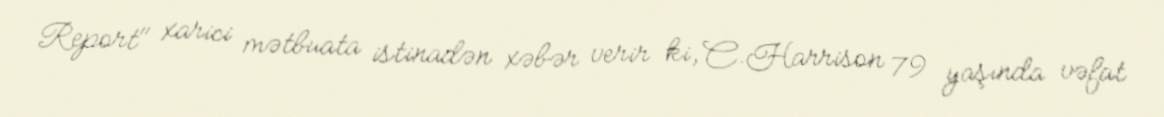
Report" xarici mətbuata istinadən xəbər verir ki, C.Harrison 79 yaşında vəfat